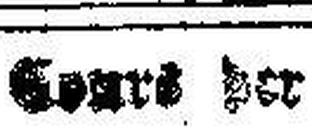
Cours der